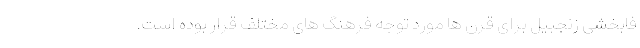
فابخشی زنجبیل برای قرن ها مورد توجه فرهنگ های مختلف قرار بوده است.